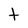
Character: t